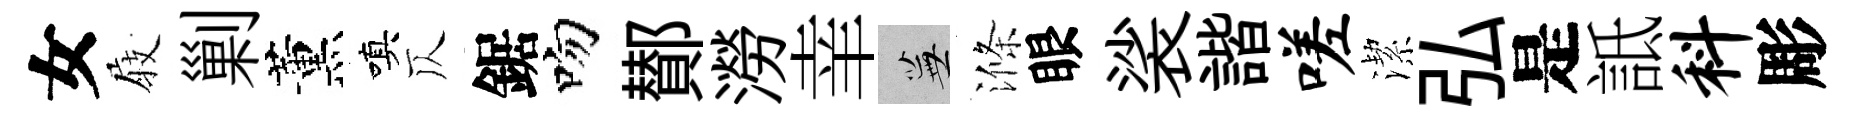
女𡲆剿薰嗔仄鋸吻鄼澇𦍒蕪滌眼裟諧嗟潔弘是詆料彫